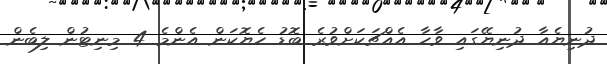
ދުނިޔެއާ ދުނިޔޭގައި ވާހާ އެއްޗަކަށްވުރެ ބޮޑު ހެޔޮކަން އެންމެ 4 މިނިޓުން ލިބެން